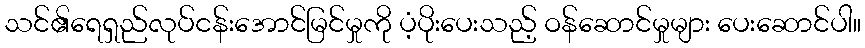
သင်၏ရေရှည်လုပ်ငန်းအောင်မြင်မှုကို ပံ့ပိုးပေးသည့် ဝန်ဆောင်မှုများ ပေးဆောင်ပါ။